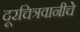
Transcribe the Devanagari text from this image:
दूरचित्रवानीचे